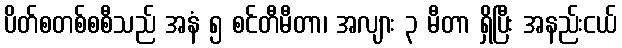
ပိတ်စတစ်စစီသည် အနံ ၅ စင်တီမီတာ၊ အလျား ၃ မီတာ ရှိပြီး အနည်းငယ်